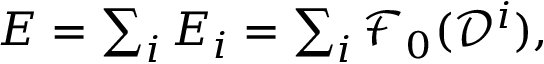
\begin{array} { r } { E = \sum _ { i } E _ { i } = \sum _ { i } \mathcal F _ { 0 } ( \mathcal D ^ { i } ) , } \end{array}